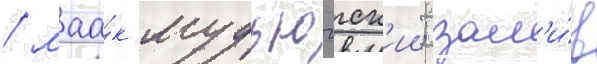
/ маа́к мудьюгск'ии; зал'и́в